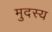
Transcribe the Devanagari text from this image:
मुदस्य